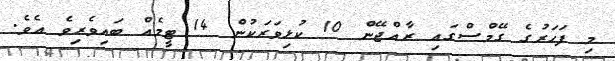
މި ފަހަރުގެ ގޭމްސްގައި ރާއްޖޭން 10 ކުޅިވަރަކުން 14 ޓީމެއް ބައިވެރިވެ އެވެ.